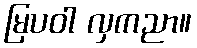
မြပဝါ လှကညာ။